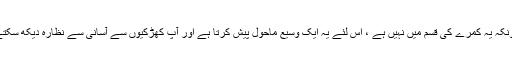
اور چونکہ یہ کمرے کی قسم میں نہیں ہے ، اس لئے یہ ایک وسیع ماحول پیش کرتا ہے اور آپ کھڑکیوں سے آسانی سے نظارہ دیکھ سکتے ہیں۔